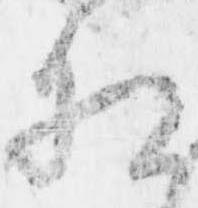
相